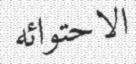
الاحتوائە